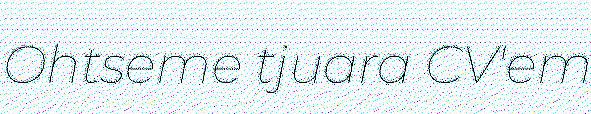
Ohtseme tjuara CV'em